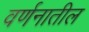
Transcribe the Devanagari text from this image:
वर्णनातील